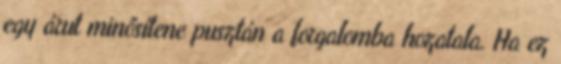
egy árut minősítene pusztán a forgalomba hozatala. Ha ez